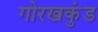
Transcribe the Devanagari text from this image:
गोरखकुंड